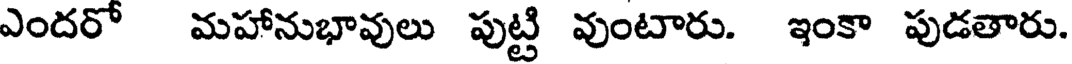
ఎందరో మహానుభావులు పుట్టి వుంటారు. ఇంకా పుడతారు.